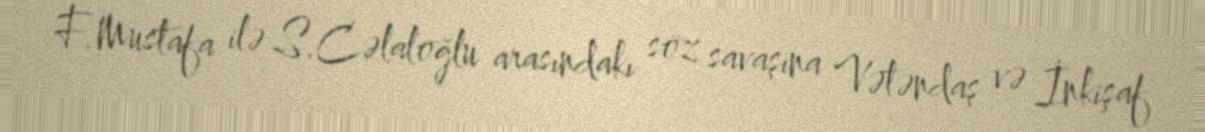
F.Mustafa ilə S.Cəlaloğlu arasındakı söz savaşına Vətəndaş və İnkişaf